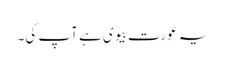
یہ عورت بیوی ہے آپ کی۔